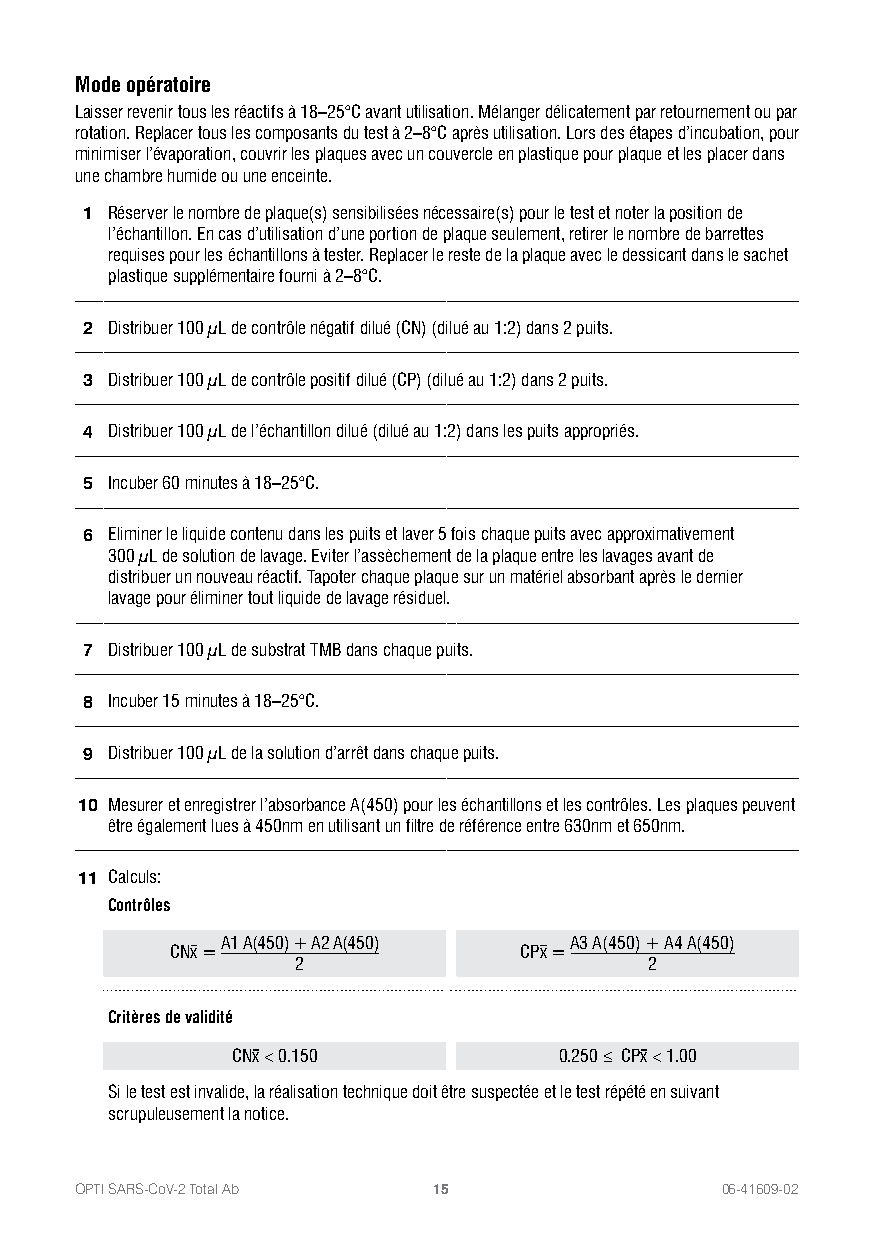
Mode opératoire
 Laisser revenir tous les réactifs à 18–25°C avant utilisation. Mélanger délicatement par retournement ou par
 rotation. Replacer tous les composants du test à 2–8°C après utilisation. Lors des étapes d’incubation, pour
 minimiser l’évaporation, couvrir les plaques avec un couvercle en plastique pour plaque et les placer dans
 une chambre humide ou une enceinte.
 1 Réserver le nombre de plaque(s) sensibilisées nécessaire(s) pour le test et noter la position de
 l’échantillon. En cas d’utilisation d’une portion de plaque seulement, retirer le nombre de barrettes
 requises pour les échantillons à tester. Replacer le reste de la plaque avec le dessicant dans le sachet
 plastique supplémentaire fourni à 2–8°C.
 2 Distribuer 100 μL de contrôle négatif dilué (CN) (dilué au 1:2) dans 2 puits.
 3 Distribuer 100 μL de contrôle positif dilué (CP) (dilué au 1:2) dans 2 puits.
 4 Distribuer 100 μL de l’échantillon dilué (dilué au 1:2) dans les puits appropriés.
 5 Incuber 60 minutes à 18–25°C.
 6 Eliminer le liquide contenu dans les puits et laver 5 fois chaque puits avec approximativement
 300 μL de solution de lavage. Eviter l’assèchement de la plaque entre les lavages avant de
 distribuer un nouveau réactif. Tapoter chaque plaque sur un matériel absorbant après le dernier
 lavage pour éliminer tout liquide de lavage résiduel.
 7 Distribuer 100 μL de substrat TMB dans chaque puits.
 8 Incuber 15 minutes à 18–25°C.
 9 Distribuer 100 μL de la solution d’arrêt dans chaque puits.
 10 Mesurer et enregistrer l’absorbance A(450) pour les échantillons et les contrôles. Les plaques peuvent
 être également lues à 450nm en utilisant un filtre de référence entre 630nm et 650nm.
 11 Calculs:
 Contrôles
 A1 A(450) + A2 A(450)  A3 A(450) + A4 A(450)
 CNx =                  CPx =
 2                      2
 Critères de validité
 CNx < 0.150           0.250 ≤ CPx < 1.00
 Si le test est invalide, la réalisation technique doit être suspectée et le test répété en suivant
 scrupuleusement la notice.
 OPTI SARS-CoV-2 Total Ab 15                06-41609-02